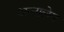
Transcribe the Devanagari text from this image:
अन्नालेस